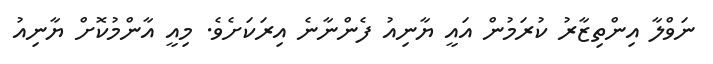
ނަވްލާ އިންތިޒާރު ކުރަމުން އައީ ޔާނިއު ފެންނާނެ އިރަކަށެވެ. މިއީ އާންމުކޮށް ޔާނިއު